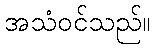
အသံဝင်သည်။